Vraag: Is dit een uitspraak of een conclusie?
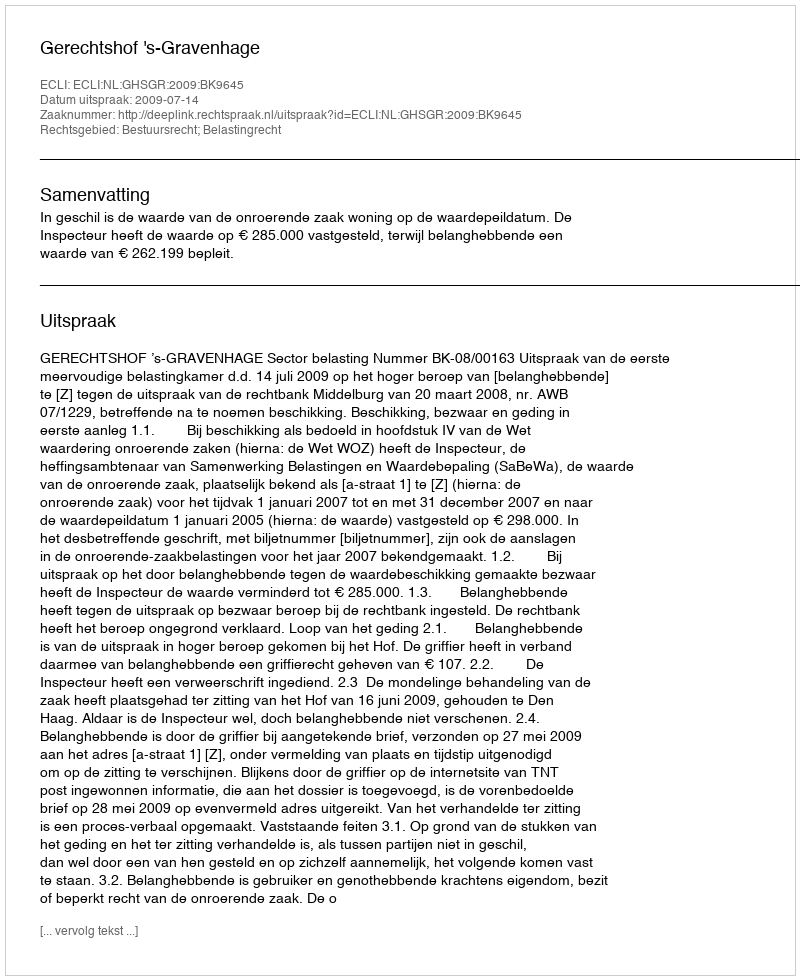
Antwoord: Uitspraak